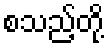
စသည့်တို့